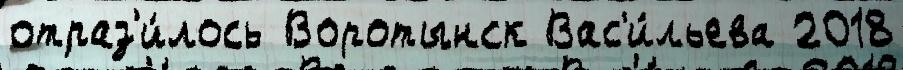
отраз'и́лось Воротынск Вас'и́льева 2018